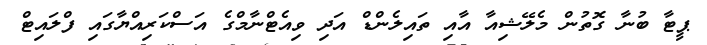
ޕީޓާ ބުނާ ގޮތުން މެލޭޝިއާ އާއި ތައިލެންޑް އަދި ވިއެޓްނާމްގެ އަސްކަރިއްޔާގައި ފްލައިޓް